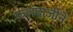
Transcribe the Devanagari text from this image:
फलंदाजीने